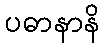
ပဓာနာနိ